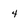
Character: 4